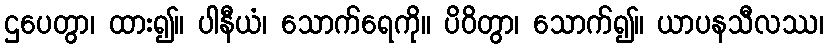
ဌပေတွာ၊ ထား၍။ ပါနီယံ၊ သောက်ရေကို။ ပိဝိတွာ၊ သောက်၍။ ယာပနသီလဿ၊